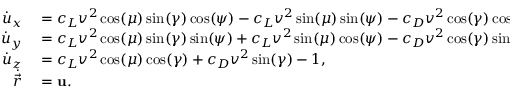
\begin{array} { r l } { \Dot { u } _ { x } } & { { } = c _ { L } v ^ { 2 } \cos ( \mu ) \sin ( \gamma ) \cos ( \psi ) - c _ { L } v ^ { 2 } \sin ( \mu ) \sin ( \psi ) - c _ { D } v ^ { 2 } \cos ( \gamma ) \cos ( \psi ) , } \\ { \Dot { u } _ { y } } & { { } = c _ { L } v ^ { 2 } \cos ( \mu ) \sin ( \gamma ) \sin ( \psi ) + c _ { L } v ^ { 2 } \sin ( \mu ) \cos ( \psi ) - c _ { D } v ^ { 2 } \cos ( \gamma ) \sin ( \psi ) , } \\ { \Dot { u } _ { z } } & { { } = c _ { L } v ^ { 2 } \cos ( \mu ) \cos ( \gamma ) + c _ { D } v ^ { 2 } \sin ( \gamma ) - 1 , } \\ { \Dot { \vec { r } } } & { { } = \mathbf { u } . } \end{array}